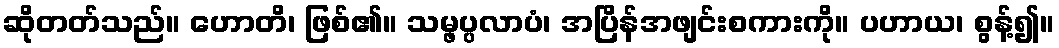
ဆိုတတ်သည်။ ဟောတိ၊ ဖြစ်၏။ သမ္ဖပ္ပလာပံ၊ အပြိန်အဖျင်းစကားကို။ ပဟာယ၊ စွန့်၍။